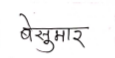
मजकूर: बेसुमार